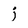
Character: j